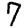
Digit: 7